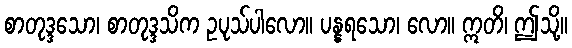
စာတုဒ္ဒသော၊ စာတုဒ္ဒသိက ဥပုသ်ပါလော။ ပန္နရသော၊ လော။ ဣတိ၊ ဤသို့။